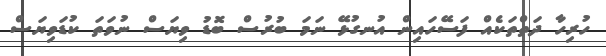
ހުރިހާ ދަތްތަކެއް ފަސޭހައިން އުނގުޅޭ ނަމަ ބުރުސް ބޮޑު ވިޔަސް ނުވަތަ ކުޑަވިޔަސް